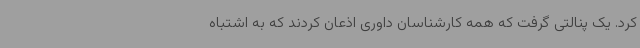
کرد. یک پنالتی گرفت که همه کارشناسان داوری اذعان کردند که به اشتباه